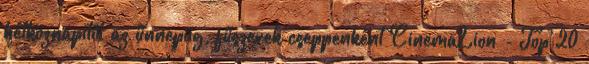
hétköznapitól az ünnepiig, fűszerek cseppenként CinemaLion - Top 20